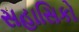
સહાસિકો